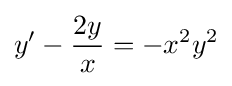
y'-{\frac {2y}{x}}=-x^{2}y^{2}